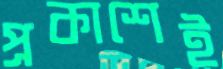
প্রকাশেই